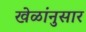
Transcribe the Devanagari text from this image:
खेळांनुसार